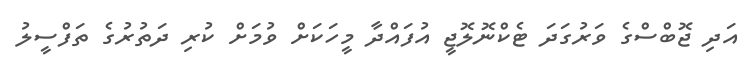
އަދި ޖޮބްސްގެ ވަރުގަދަ ޓެކްނޮލޮޖީ އުފައްދާ މީހަކަށް ވުމަށް ކުރި ދަތުރުގެ ތަފްސީލު